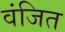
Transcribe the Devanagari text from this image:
वंजित